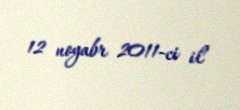
12 noyabr 2011-ci il